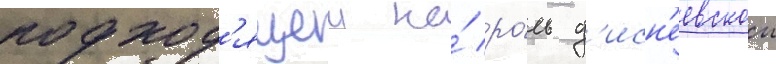
подход'ящеи на́ ро́ль д'исн'еевскои